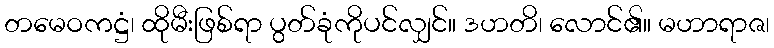
တမေဝကဋ္ဌံ၊ ထိုမီးဖြစ်ရာ ပွတ်ခုံကိုပင်လျှင်။ ဒဟတိ၊ လောင်၏။ မဟာရာဇ၊